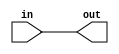
`timescale 1ns/1ps

module BUF(
  input in,
  output out
  );

  assign out = in;

  specify
  (in=>out)=(0.0,0.0);
  endspecify

endmodule